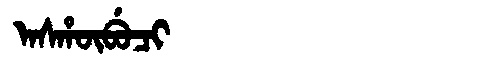
Manchu: ᠠᠰᡥᡡᠪᡠᠴᡳ
Romanization: ASHŪBUCI